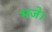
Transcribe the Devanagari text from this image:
भजे।